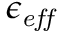
\epsilon _ { \it e f f }